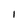
Character: I